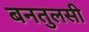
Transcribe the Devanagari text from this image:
बनतुलसी